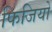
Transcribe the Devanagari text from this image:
फिजियो